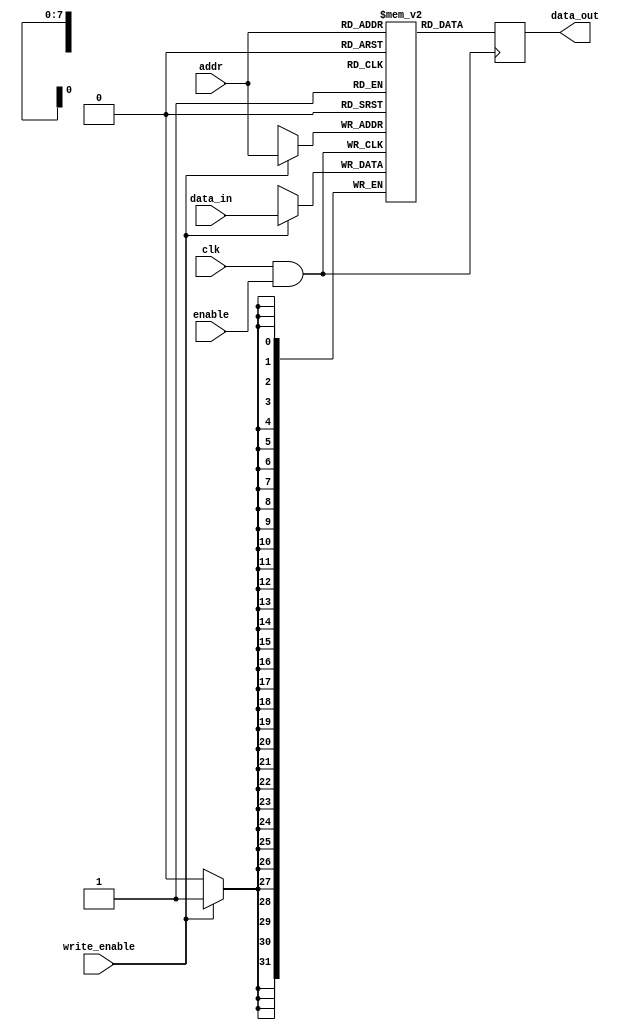
module MemoryBlock (
    input wire clk,               // Main clock signal
    input wire enable,            // Enable signal for memory operation
    input wire [7:0] addr,        // Address input
    input wire [31:0] data_in,    // Data input for write operations
    input wire write_enable,       // Write enable signal
    output reg [31:0] data_out     // Data output for read operations
);

// Memory Array
reg [31:0] memory_array [255:0]; // 256 x 32-bit memory array

// Clock Gating Logic
wire gated_clk;
assign gated_clk = clk & enable; // Gated clock output based on enable signal

// Memory Operations
always @(posedge gated_clk) begin
    if (write_enable) begin
        memory_array[addr] <= data_in; // Write operation
    end
end

always @(posedge gated_clk) begin
    data_out <= memory_array[addr]; // Read operation
end

endmodule